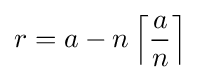
r=a-n\left\lceil {\frac {a}{n}}\right\rceil